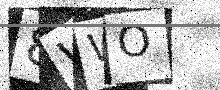
Text: 8WWO